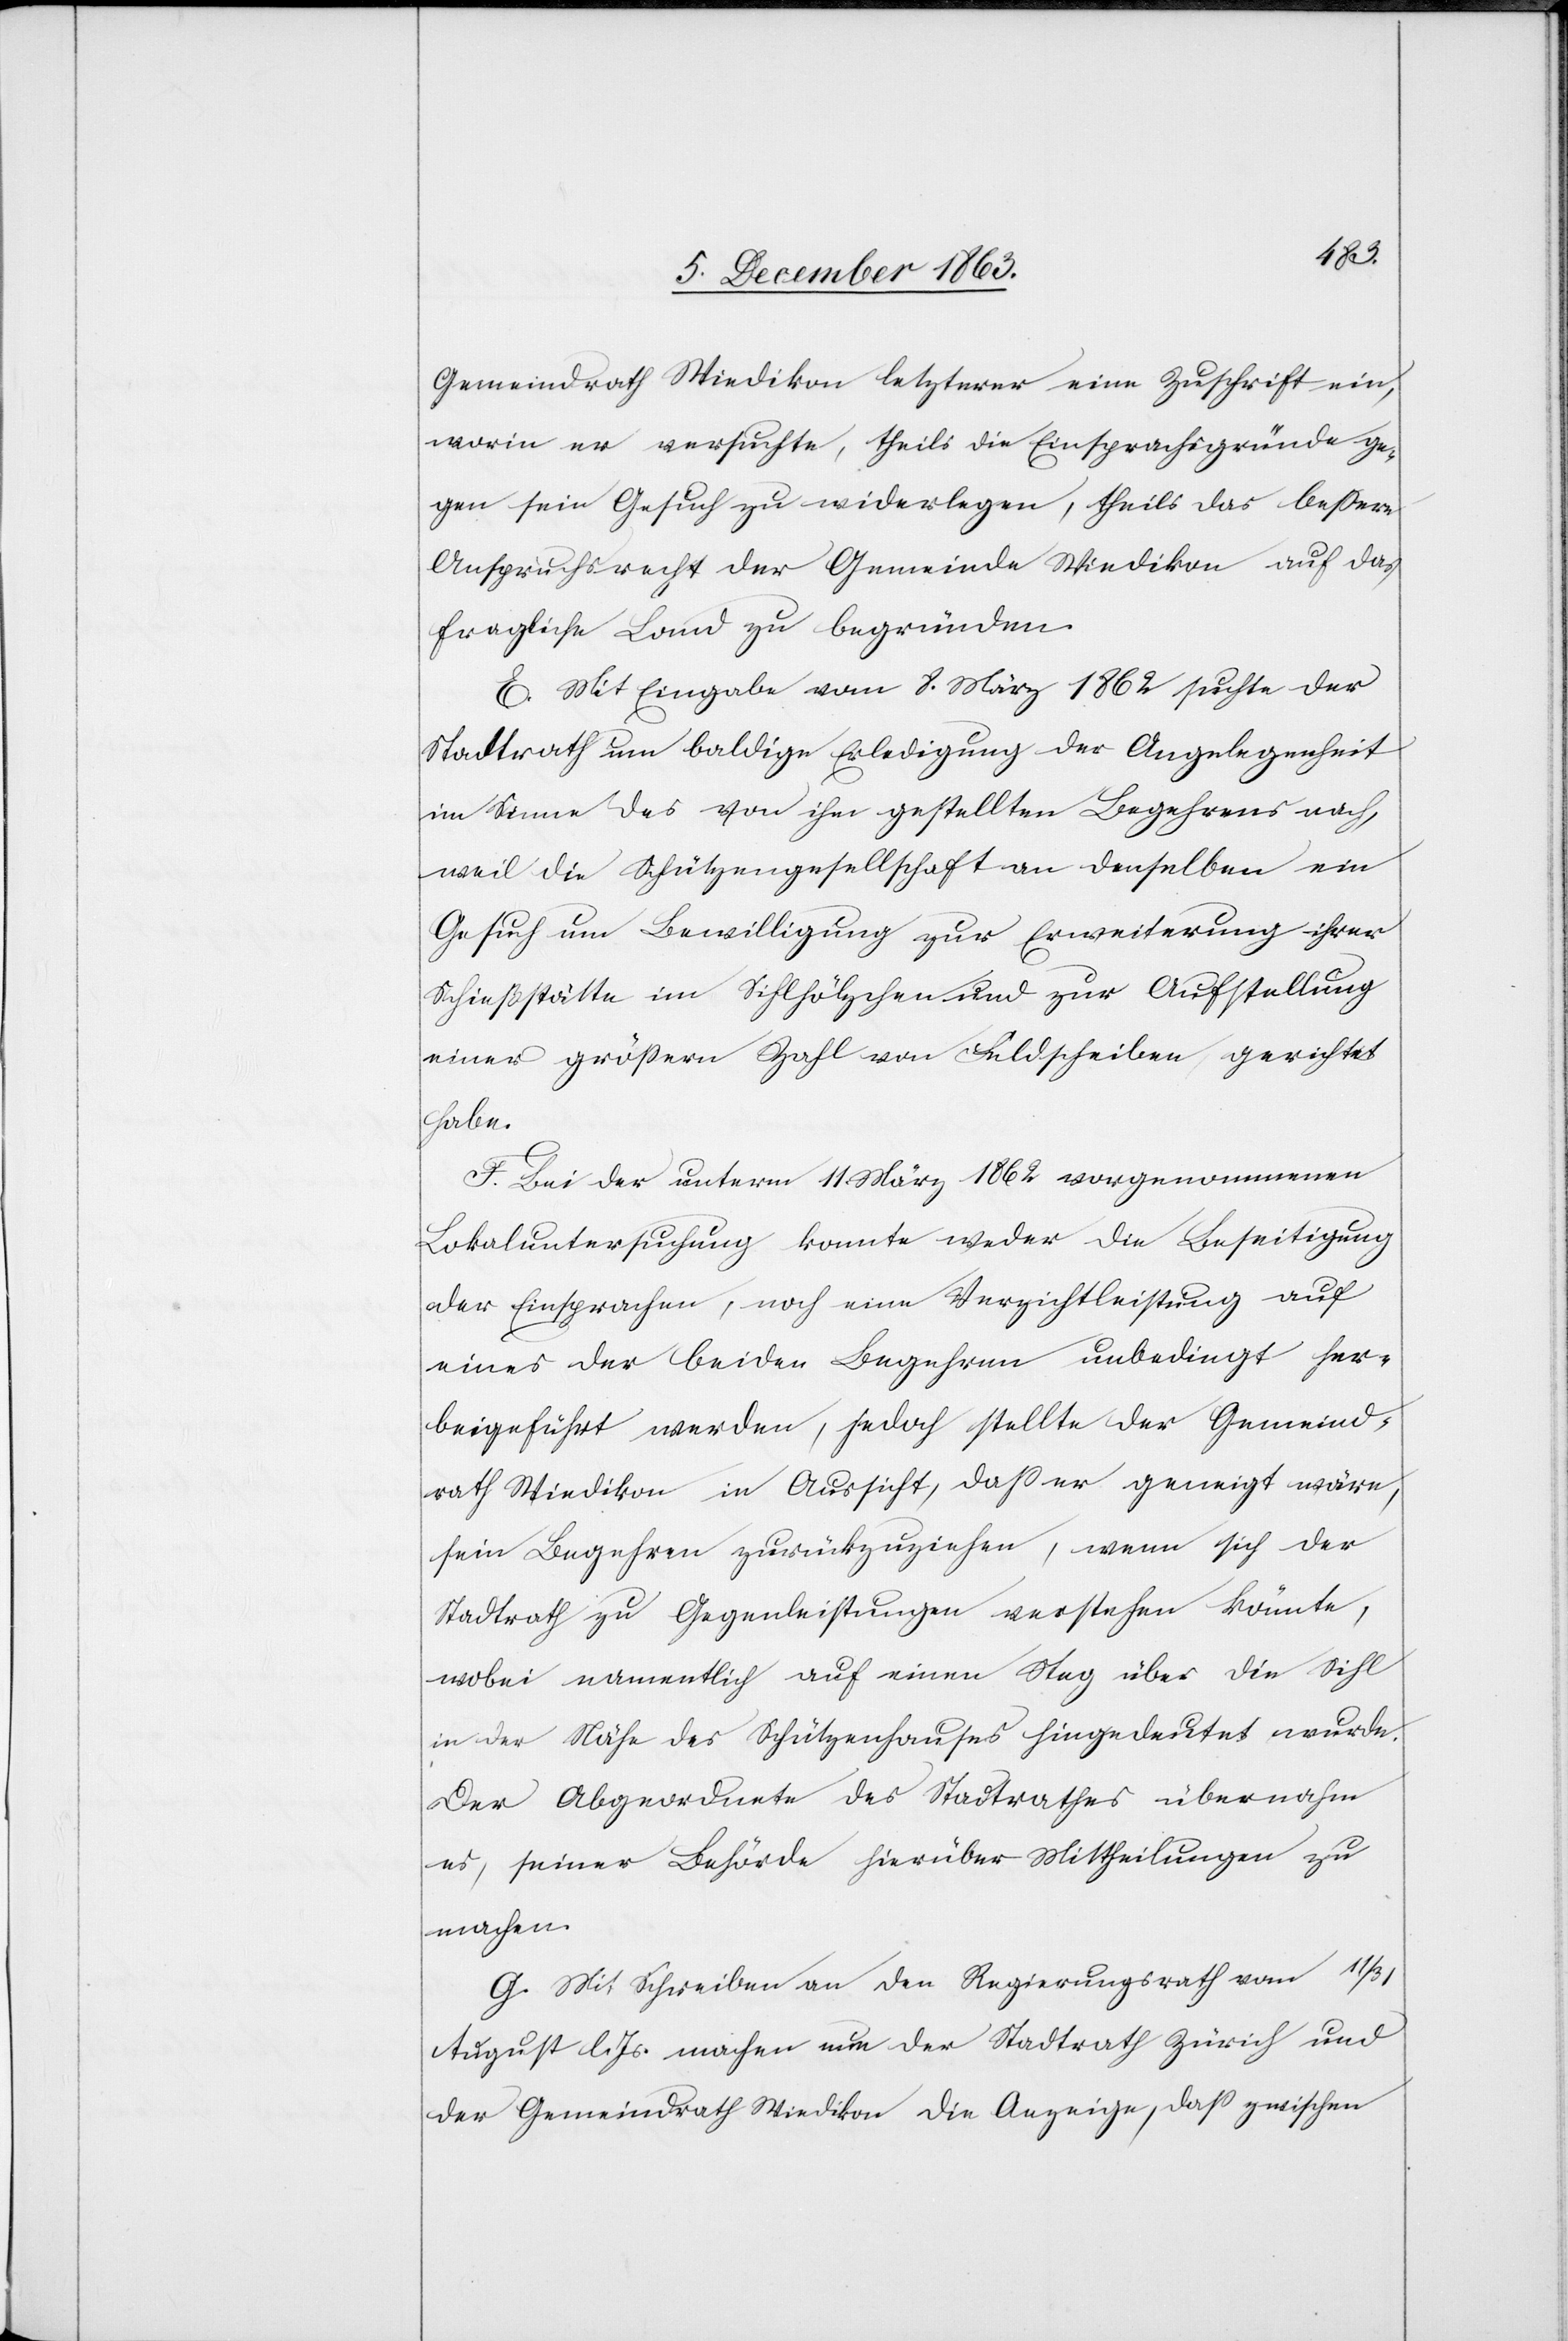
Gemeindrath Wiedikon letzterer eine Zuschrift ein,
worin er versuchte, theils die Einsprachsgründe ge¬
gen sein Gesuch zu widerlegen, theils das bessere
Anspruchsrecht der Gemeinde Wiedikon auf das
fragliche Land zu begründen.
E. Mit Eingabe vom 8. März 1862 suchte der
Stadtrath um baldige Erledigung der Angelegenheit
im Sinne des von ihm gestellten Begehrens nach,
weil die Schützengesellschaft an denselben ein
Gesuch um Bewilligung zur Erweiterung ihrer
Schießstätte im Sihlhölzchen und zur Aufstellung
einer grössern Zahl von Feldscheiben gerichtet
habe.
F. Bei der unterm 11. März 1862 vorgenommenen
Lokaluntersuchung konnte weder die Beseitigung
der Einsprachen, noch eine Verzichtleistung auf
eines der beiden Begehren unbedingt her¬
beigeführt werden, jedoch stellte der Gemeind¬
rath Wiedikon in Aussicht, dass er geneigt wäre,
sein Begehren zurückzuziehen, wenn sich der
Stadtrath zu Gegenleistungen verstehen könnte,
wobei namentlich auf einen Steg über die Sihl
in der Nähe des Schützenhauses hingedeutet wurde.
Der Abgeordnete des Stadtrathes übernahm
es, seiner Behörde hierüber Mittheilungen zu
machen.
G. Mit Schreiben an den Regierungsrath vom 11/31
August l. Js. machen nun der Stadtrath Zürich und
der Gemeindrath Wiedikon die Anzeige, dass zwischen